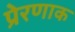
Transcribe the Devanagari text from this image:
प्रेरणाक